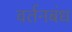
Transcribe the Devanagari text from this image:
वर्तनबंध